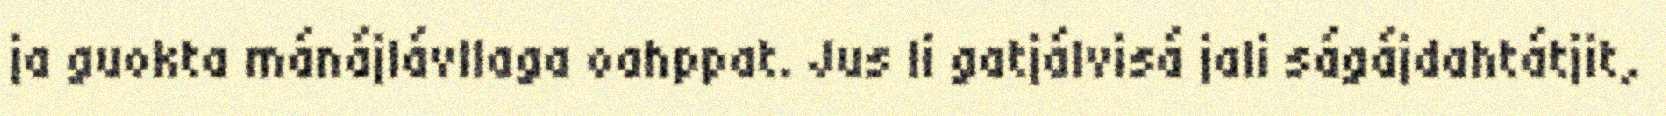
ja guokta mánájlávllaga oahppat. Jus li gatjálvisá jali ságájdahtátjit,